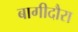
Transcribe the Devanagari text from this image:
बागीदौरा